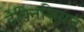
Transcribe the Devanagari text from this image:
टेक्निशियन